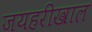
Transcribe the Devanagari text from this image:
जयहरीखाल